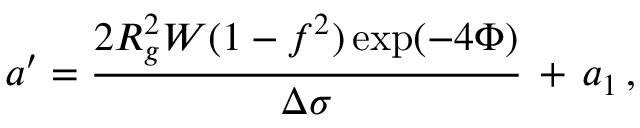
a ^ { \prime } = \frac { 2 R _ { g } ^ { 2 } W ( 1 - f ^ { 2 } ) \exp ( - 4 \Phi ) } { \Delta \sigma } \, + \, a _ { 1 } \, ,